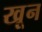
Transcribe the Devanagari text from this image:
खू़न